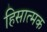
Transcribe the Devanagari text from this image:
हिसात्मक